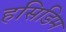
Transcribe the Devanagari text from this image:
हसिडिम